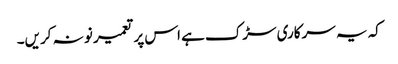
کہ یہ سرکاری سڑک ہے اس پر تعمیر نو نہ کریں۔